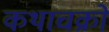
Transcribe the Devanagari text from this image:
कथाचक्रों